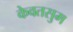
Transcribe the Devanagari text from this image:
केवतसुम